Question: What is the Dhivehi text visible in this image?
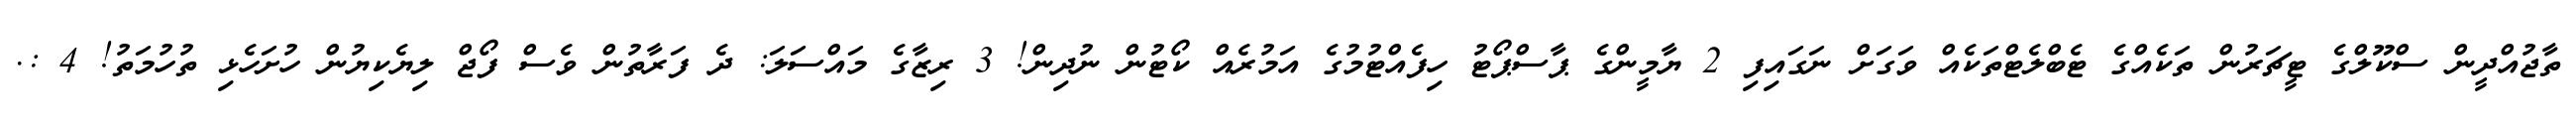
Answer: ތާޖުއްދީން ސްކޫލްގެ ޓީޗަރުން ތަކެއްގެ ޓެބްލެޓްތަކެއް ވަގަށް ނަގައިފި 2 ޔާމީންގެ ޕާސްޕޯޓު ހިފެއްޓުމުގެ އަމުރެއް ކޯޓުން ނުދިން! 3 ރިޒާގެ މައްސަލަ: ދެ ފަރާތުން ވެސް ފޯޖް ލިޔެކިޔުން ހުށަހެޅި ތުހުމަތު! 4 :.